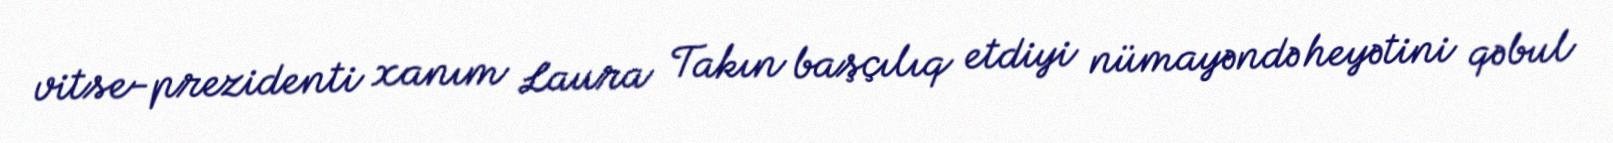
vitse-prezidenti xanım Laura Takın başçılıq etdiyi nümayəndə heyətini qəbul